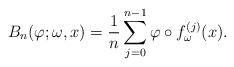
\begin{align*}B_n(\varphi ; \omega ,x)=\frac{1}{n} \sum _{j=0} ^{n-1} \varphi \circ f_\omega ^{(j)} (x). \end{align*}